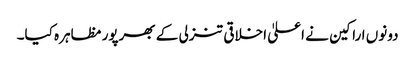
دونوں اراکین نے اعلیٰ اخلاقی تنزلی کے بھرپور مظاہرہ کیا۔